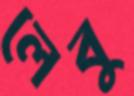
লেবু